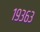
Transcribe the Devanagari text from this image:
१९३६३